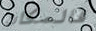
فالمكان